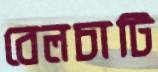
বেলচাটি